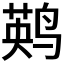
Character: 𲎀